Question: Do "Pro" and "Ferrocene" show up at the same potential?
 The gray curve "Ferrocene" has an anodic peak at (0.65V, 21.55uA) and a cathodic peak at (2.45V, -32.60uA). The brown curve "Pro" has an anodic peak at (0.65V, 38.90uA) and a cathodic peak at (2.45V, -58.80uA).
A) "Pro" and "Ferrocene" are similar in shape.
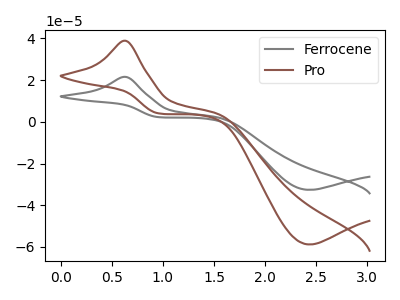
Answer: <think>All the peaks in "Pro" have a peak in "Ferrocene" at the same potential. Every peak in "Pro" is higher than every peak in "Ferrocene".
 </think>
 <answer>A) "Pro" and "Ferrocene" are similar in shape.</answer>
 <eval>A</eval>